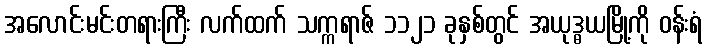
အလောင်းမင်းတရားကြီး လက်ထက် သက္ကရာဇ် ၁၁၂၁ ခုနှစ်တွင် အယုဒ္ဓယမြို့ကို ဝန်းရံ